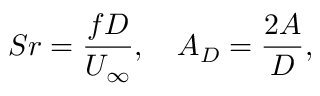
\quad S r = \frac { f D } { U _ { \infty } } , \quad A _ { D } = \frac { 2 A } { D } ,